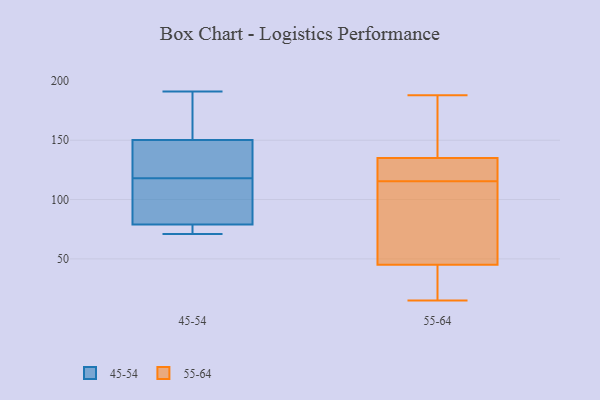
{"axis": {"x": "Website Visitors", "y": "Value"}, "legend": ["45-54", "55-64"], "data": [{"x": "", "y": 71, "type": "45-54"}, {"x": "", "y": 139, "type": "45-54"}, {"x": "", "y": 154, "type": "45-54"}, {"x": "", "y": 86, "type": "45-54"}, {"x": "", "y": 79, "type": "45-54"}, {"x": "", "y": 79, "type": "45-54"}, {"x": "", "y": 118, "type": "45-54"}, {"x": "", "y": 119, "type": "45-54"}, {"x": "", "y": 78, "type": "45-54"}, {"x": "", "y": 191, "type": "45-54"}, {"x": "", "y": 169, "type": "45-54"}, {"x": "", "y": 124, "type": "55-64"}, {"x": "", "y": 15, "type": "55-64"}, {"x": "", "y": 128, "type": "55-64"}, {"x": "", "y": 81, "type": "55-64"}, {"x": "", "y": 45, "type": "55-64"}, {"x": "", "y": 107, "type": "55-64"}, {"x": "", "y": 176, "type": "55-64"}, {"x": "", "y": 135, "type": "55-64"}, {"x": "", "y": 188, "type": "55-64"}, {"x": "", "y": 30, "type": "55-64"}]}